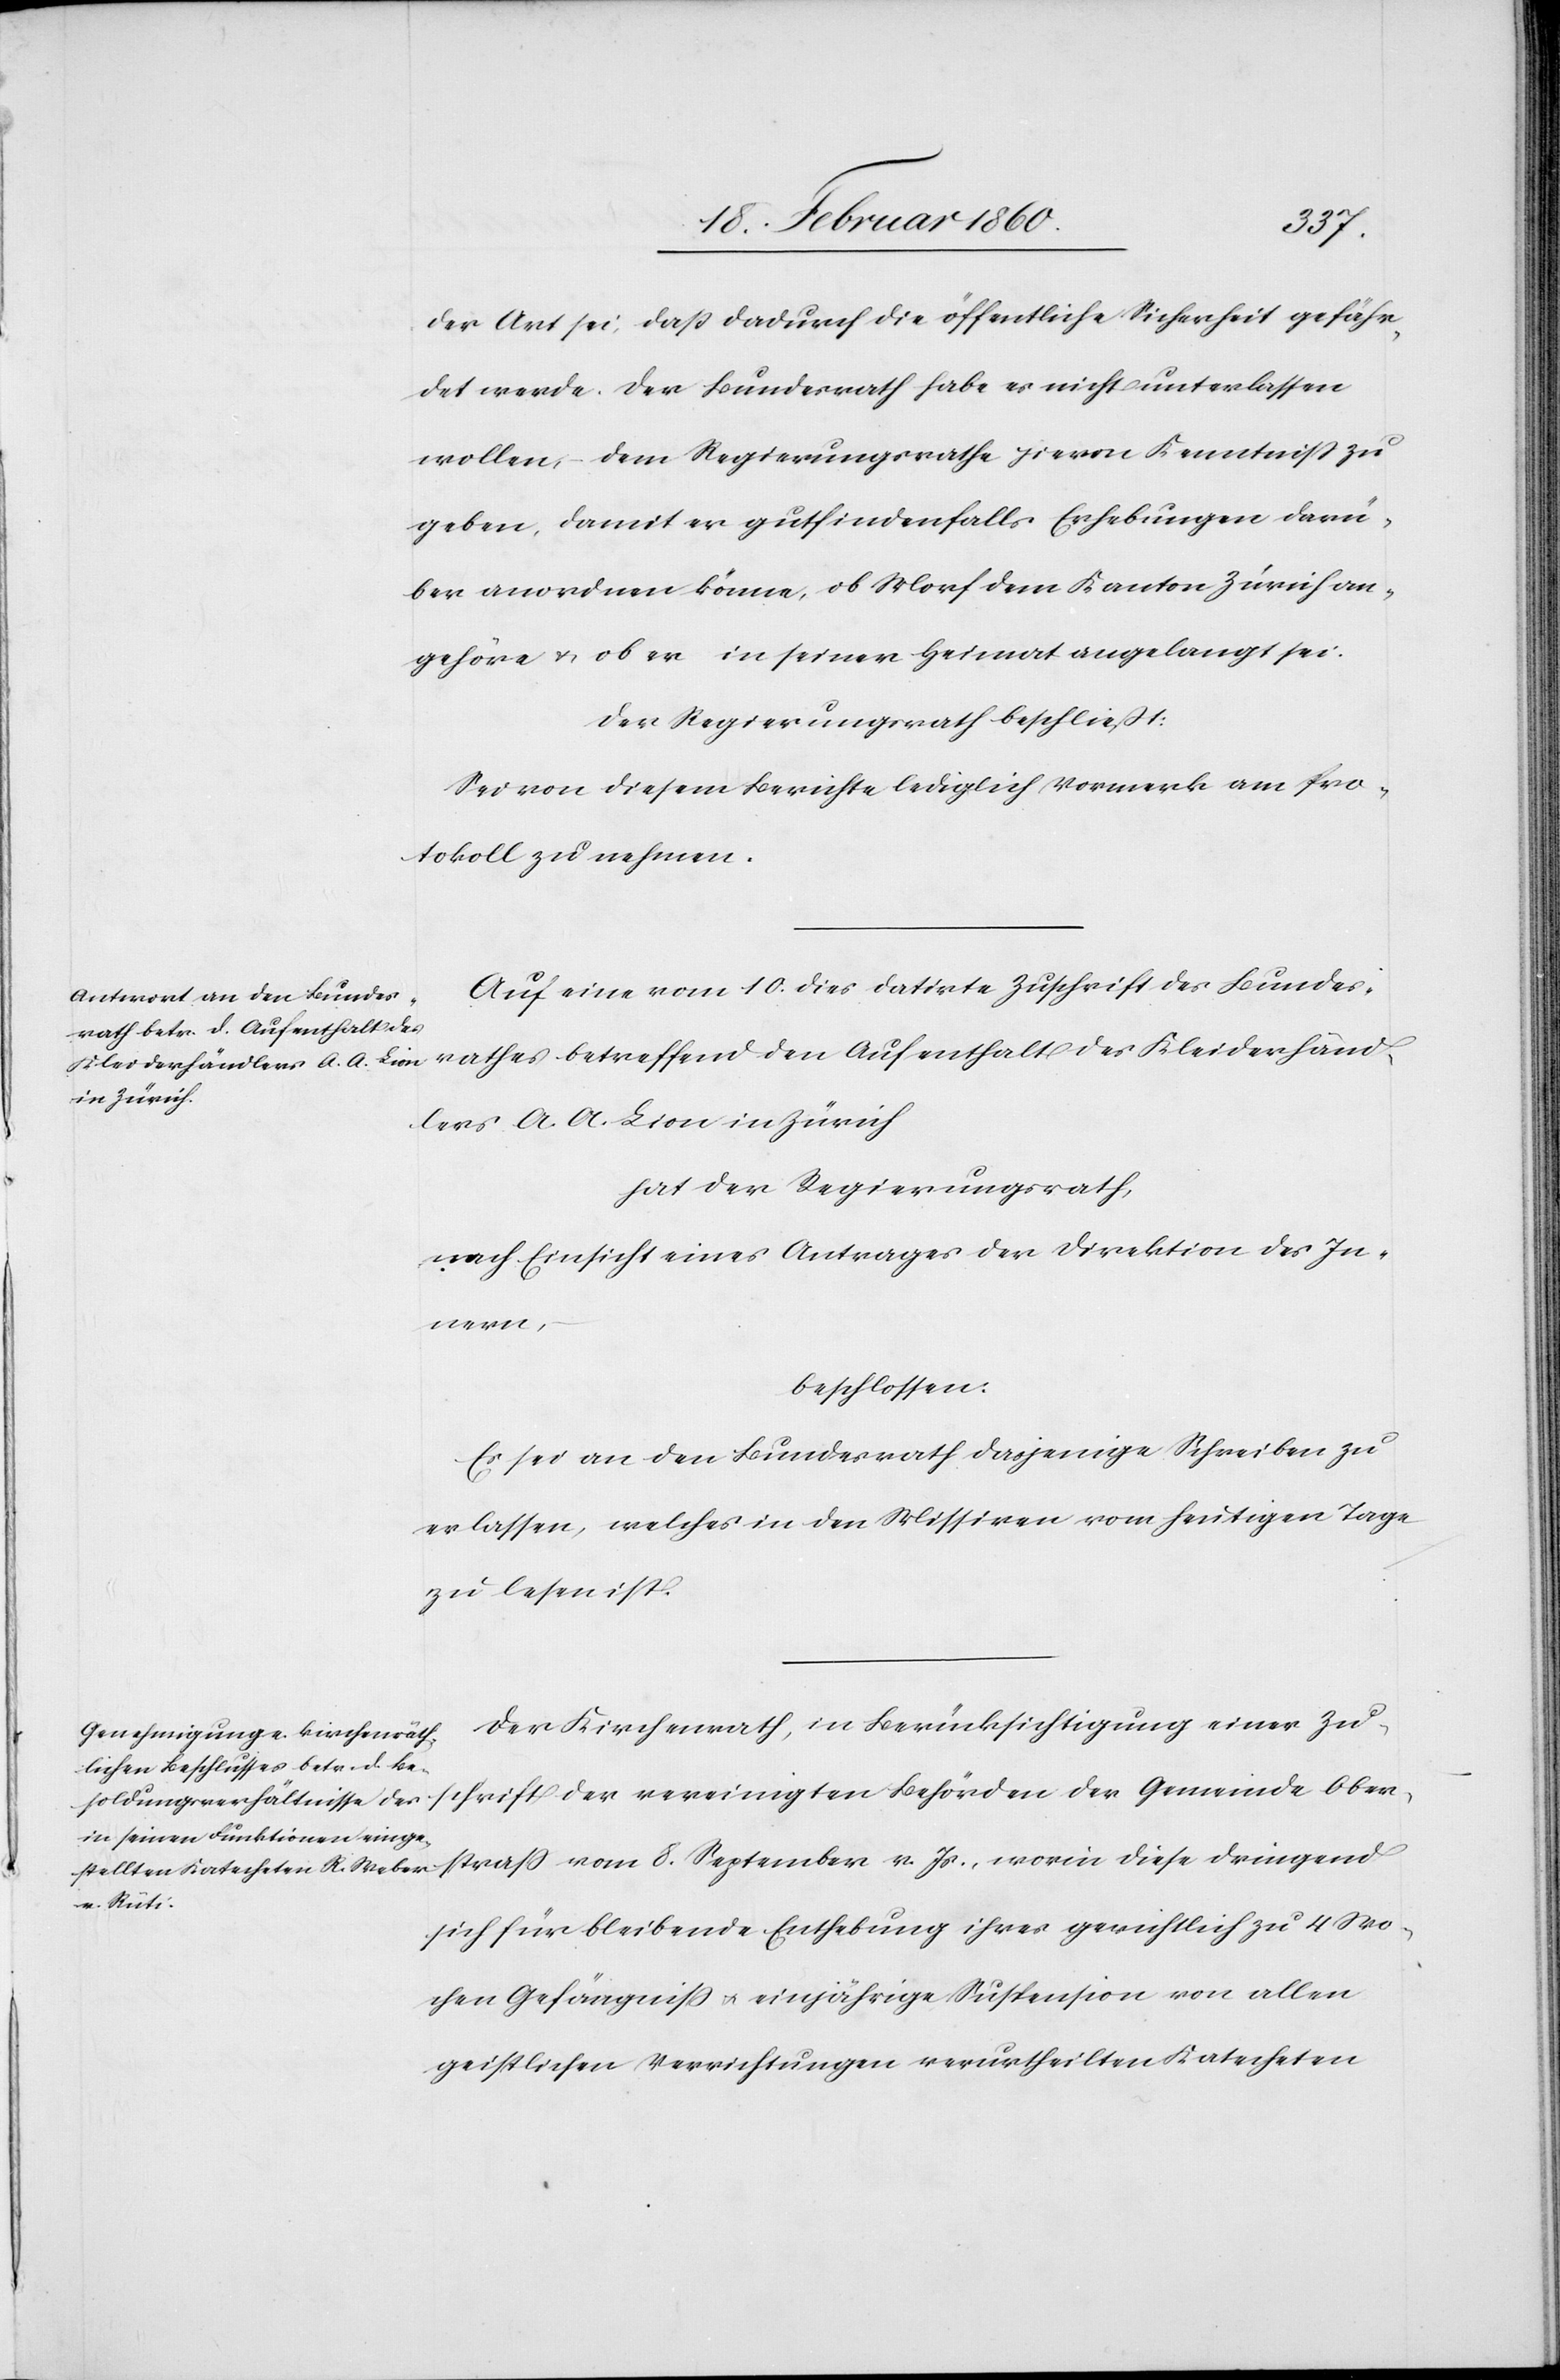
der Art sei, dass dadurch die öffentliche Sicherheit gefähr¬
det werde. Der Bundesrath habe es nicht unterlassen
wollen, dem Regierungsrathe hiervon Kenntniß zu
geben, damit er gutfinden[den]falls Erhebungen darü¬
ber anordnen könne, ob Morf dem Kanton Zürich an¬
gehöre u. ob er in seiner Heimat angelangt sei.
Der Regierungsrath beschliest:
Sei von diesem Berichte lediglich im Protokoll Vo¬
Auf eine vom 10. dies datirte Zuschrift des Bundes¬
rathes betreffend den Aufenthalt des Kleiderhänd¬
lers A. A. Lion in Zürich
hat der Regierungsrath:
nach Einsicht eines Antrages der Direktion des In¬
worin
beschlossen:
Es sei an den Bundesrath dasjenige Schreiben zu
erlassen, welches in den Missiven vom heutigen Tage
zu lesen ist.
Der Kirchenrath, in Berücksichtigung einer Zu¬
sich für bleibende Enthebung ihres gerichtlich zu 4 Wo¬
chen Gefängniss u. einjährige Suspension von allen
geistlichen Verrichtungen verurtheilten Katecheten